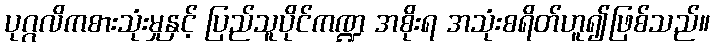
ပုဂ္ဂလိကစားသုံးမှုနှင့် ပြည်သူပိုင်ကဏ္ဍ အစိုးရ အသုံးစရိတ်ဟူ၍ဖြစ်သည်။